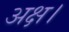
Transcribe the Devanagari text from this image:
अक्ष।